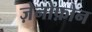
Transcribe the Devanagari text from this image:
ज़ेनोफ़ोन